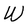
Character: W